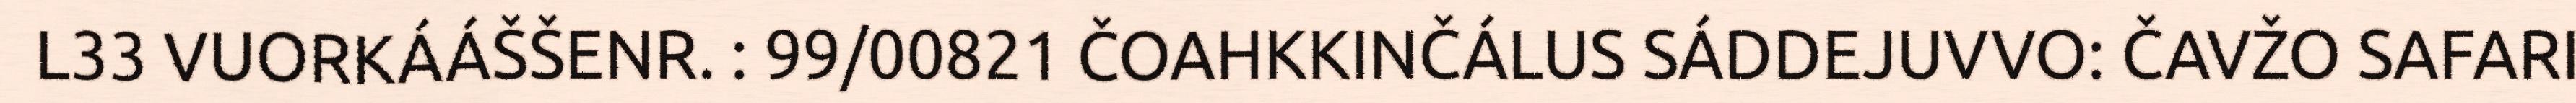
L33 VUORKÁÁŠŠENR. : 99/00821 ČOAHKKINČÁLUS SÁDDEJUVVO: ČAVŽO SAFARI